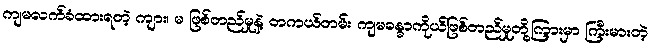
ကျမလက်ခံထားရတဲ့ ကျား၊ မ ဖြစ်တည်မှုနဲ့ တကယ်တမ်း ကျမခန္ဓာကိုယ်ဖြစ်တည်မှုတို့ကြားမှာ ကြီးမားတဲ့